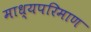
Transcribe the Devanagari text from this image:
माध्यपरिमाण